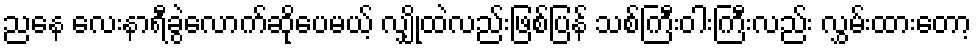
ညနေ လေးနာရီခွဲလောက်ဆိုပေမယ့် လျှိုထဲလည်းဖြစ်ပြန် သစ်ကြီးဝါးကြီးလည်း လွှမ်းထားတော့